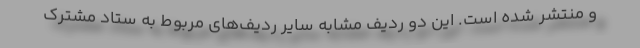
و منتشر شده است. این دو ردیف مشابه سایر ردیف­های مربوط به ستاد مشترک